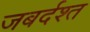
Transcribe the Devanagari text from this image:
जबर्दश्त